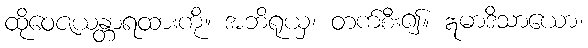
ထိုဝေဇယန္တာရထားကို။ အဘိရုယှ၊ တက်စီး၍။ ဣမာဒိသာယော၊